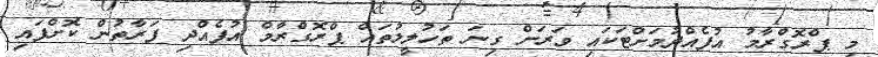
މި ޕްރޮގްރާމު އުފެއްދުމަށްޓަކައި ވަރަށް ގިނަ ތަހުލީލުތައް ޕްރޮގްރާމް އުފެއްދި ފަރާތުން ކޮށްފައި